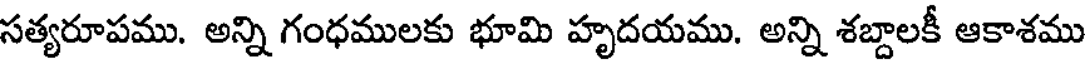
సత్యరూపము. అన్ని గంధములకు భూమి హృదయము. అన్ని శబ్దాలకీ ఆకాశము